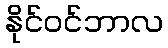
နိုင်ဝင်ဘာလ